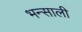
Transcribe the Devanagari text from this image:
भन्साली